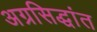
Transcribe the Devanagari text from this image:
अग्रसिद्धांत